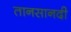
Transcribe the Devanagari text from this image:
तानसानदी